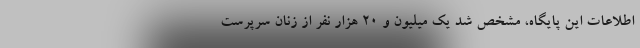
اطلاعات این پایگاه، مشخص شد یک میلیون و ۲۰ هزار نفر از زنان سرپرست